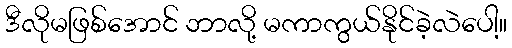
ဒီလိုမဖြစ်အောင် ဘာလို့ မကာကွယ်နိုင်ခဲ့လဲပေါ့။